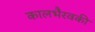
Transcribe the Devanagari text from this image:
कालभैरवकी